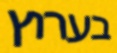
בערוץ